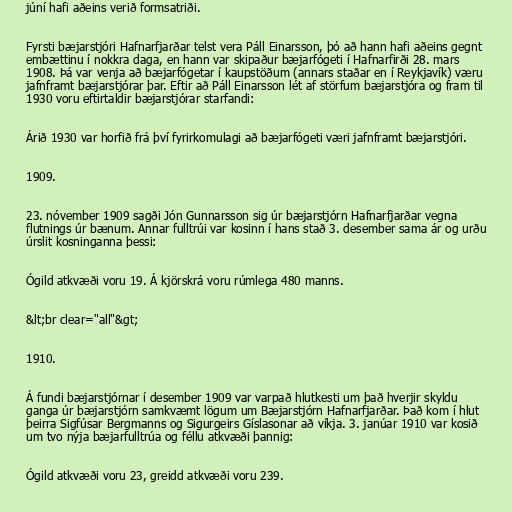
júní hafi aðeins verið formsatriði.

Fyrsti bæjarstjóri Hafnarfjarðar telst vera Páll Einarsson, þó að hann hafi aðeins gegnt
embættinu í nokkra daga, en hann var skipaður bæjarfógeti í Hafnarfirði 28. mars
1908. Þá var venja að bæjarfógetar í kaupstöðum (annars staðar en í Reykjavík) væru
jafnframt bæjarstjórar þar. Eftir að Páll Einarsson lét af störfum bæjarstjóra og fram til
1930 voru eftirtaldir bæjarstjórar starfandi:

Árið 1930 var horfið frá því fyrirkomulagi að bæjarfógeti væri jafnframt bæjarstjóri.

1909.

23. nóvember 1909 sagði Jón Gunnarsson sig úr bæjarstjórn Hafnarfjarðar vegna
flutnings úr bænum. Annar fulltrúi var kosinn í hans stað 3. desember sama ár og urðu
úrslit kosninganna þessi:

Ógild atkvæði voru 19. Á kjörskrá voru rúmlega 480 manns.

&lt;br clear="all"&gt;

1910.

Á fundi bæjarstjórnar í desember 1909 var varpað hlutkesti um það hverjir skyldu
ganga úr bæjarstjórn samkvæmt lögum um Bæjarstjórn Hafnarfjarðar. Það kom í hlut
þeirra Sigfúsar Bergmanns og Sigurgeirs Gíslasonar að víkja. 3. janúar 1910 var kosið
um tvo nýja bæjarfulltrúa og féllu atkvæði þannig:

Ógild atkvæði voru 23, greidd atkvæði voru 239.